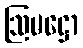
ဩမဋ္ဌော